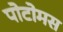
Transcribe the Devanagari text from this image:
पोटोमस